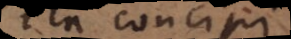
ita concipi